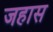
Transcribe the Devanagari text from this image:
जहास